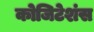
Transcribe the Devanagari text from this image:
कोजिटेशंस